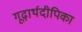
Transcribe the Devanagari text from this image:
गूढ़ार्थदीपिका